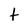
Character: t